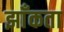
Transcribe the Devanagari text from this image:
झाँकता